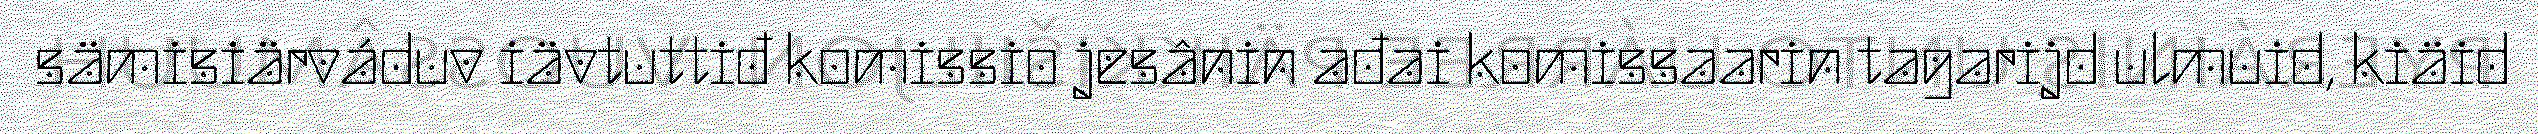
sämisiärváduv iävtuttiđ komissio jesânin ađai komissaarin tagarijd ulmuid, kiäid